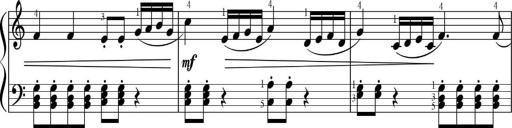
Title: Sonatinas
Composer: Andrew Violette